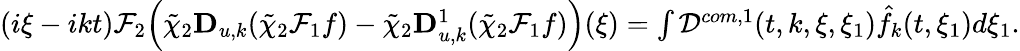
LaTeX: \begin{array}{r}{(i\xi-ikt)\mathcal{F}_{2}\Big(\tilde{\chi}_{2}\mathbf{D}_{u,k}(\tilde{\chi}_{2}\mathcal{F}_{1}f)-\tilde{\chi}_{2}\mathbf{D}_{u,k}^{1}(\tilde{\chi}_{2}\mathcal{F}_{1}f)\Big)(\xi)=\int\mathcal{D}^{com,1}(t,k,\xi,\xi_{1})\hat{f}_{k}(t,\xi_{1})d\xi_{1}.}\end{array}